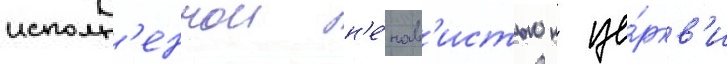
исполн'еннои н'е́нав'истью к це́ркв'и